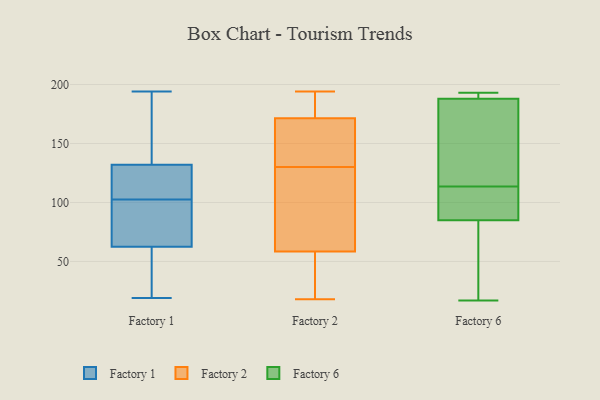
{"axis": {"x": "Waste Production (Tons)", "y": "Value"}, "legend": ["Factory 1", "Factory 2", "Factory 6"], "data": [{"x": "", "y": 102, "type": "Factory 1"}, {"x": "", "y": 19, "type": "Factory 1"}, {"x": "", "y": 88, "type": "Factory 1"}, {"x": "", "y": 129, "type": "Factory 1"}, {"x": "", "y": 94, "type": "Factory 1"}, {"x": "", "y": 185, "type": "Factory 1"}, {"x": "", "y": 60, "type": "Factory 1"}, {"x": "", "y": 122, "type": "Factory 1"}, {"x": "", "y": 65, "type": "Factory 1"}, {"x": "", "y": 35, "type": "Factory 1"}, {"x": "", "y": 152, "type": "Factory 1"}, {"x": "", "y": 135, "type": "Factory 1"}, {"x": "", "y": 37, "type": "Factory 1"}, {"x": "", "y": 127, "type": "Factory 1"}, {"x": "", "y": 179, "type": "Factory 1"}, {"x": "", "y": 194, "type": "Factory 1"}, {"x": "", "y": 111, "type": "Factory 1"}, {"x": "", "y": 103, "type": "Factory 1"}, {"x": "", "y": 48, "type": "Factory 1"}, {"x": "", "y": 101, "type": "Factory 1"}, {"x": "", "y": 194, "type": "Factory 2"}, {"x": "", "y": 188, "type": "Factory 2"}, {"x": "", "y": 163, "type": "Factory 2"}, {"x": "", "y": 110, "type": "Factory 2"}, {"x": "", "y": 81, "type": "Factory 2"}, {"x": "", "y": 38, "type": "Factory 2"}, {"x": "", "y": 183, "type": "Factory 2"}, {"x": "", "y": 89, "type": "Factory 2"}, {"x": "", "y": 18, "type": "Factory 2"}, {"x": "", "y": 136, "type": "Factory 2"}, {"x": "", "y": 163, "type": "Factory 2"}, {"x": "", "y": 25, "type": "Factory 2"}, {"x": "", "y": 187, "type": "Factory 2"}, {"x": "", "y": 137, "type": "Factory 2"}, {"x": "", "y": 30, "type": "Factory 2"}, {"x": "", "y": 79, "type": "Factory 2"}, {"x": "", "y": 180, "type": "Factory 2"}, {"x": "", "y": 155, "type": "Factory 2"}, {"x": "", "y": 23, "type": "Factory 2"}, {"x": "", "y": 124, "type": "Factory 2"}, {"x": "", "y": 113, "type": "Factory 6"}, {"x": "", "y": 193, "type": "Factory 6"}, {"x": "", "y": 189, "type": "Factory 6"}, {"x": "", "y": 88, "type": "Factory 6"}, {"x": "", "y": 184, "type": "Factory 6"}, {"x": "", "y": 188, "type": "Factory 6"}, {"x": "", "y": 17, "type": "Factory 6"}, {"x": "", "y": 73, "type": "Factory 6"}, {"x": "", "y": 114, "type": "Factory 6"}, {"x": "", "y": 85, "type": "Factory 6"}]}